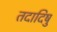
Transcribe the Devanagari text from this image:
तदादिषु